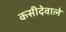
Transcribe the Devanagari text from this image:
कसीदेवाले